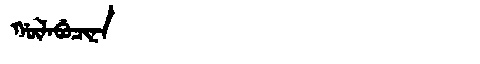
Manchu: ᡤᡡᠯᠠᠪᡠᠴᡳᠨᠠ
Romanization: GŪLABUCINA